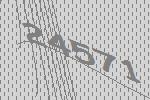
24571